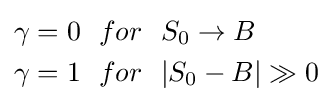
{\begin{aligned}\gamma =0\ \ &{for}\ \ S_{0}\to B\\\gamma =1\ \ &{for}\ \ |S_{0}-B|\gg 0\end{aligned}}